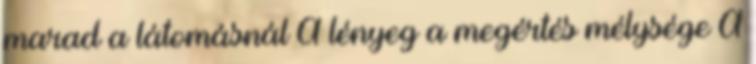
marad a látomásnál A lényeg a megértés mélysége A